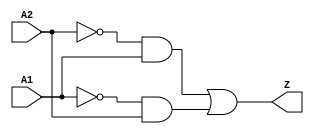
// Copyright 2022 GlobalFoundries PDK Authors
//
// Licensed under the Apache License, Version 2.0 (the "License");
// you may not use this file except in compliance with the License.
// You may obtain a copy of the License at
//
//      http://www.apache.org/licenses/LICENSE-2.0
//
// Unless required by applicable law or agreed to in writing, software
// distributed under the License is distributed on an "AS IS" BASIS,
// WITHOUT WARRANTIES OR CONDITIONS OF ANY KIND, either express or implied.
// See the License for the specific language governing permissions and
// limitations under the License.

module gf180mcu_fd_sc_mcu7t5v0__xor2_4( A2, A1, Z );
input A1, A2;
output Z;

	wire A2_inv_for_gf180mcu_fd_sc_mcu7t5v0__xor2_4;

	not MGM_BG_0( A2_inv_for_gf180mcu_fd_sc_mcu7t5v0__xor2_4, A2 );

	wire Z_row1;

	and MGM_BG_1( Z_row1, A2_inv_for_gf180mcu_fd_sc_mcu7t5v0__xor2_4, A1 );

	wire A1_inv_for_gf180mcu_fd_sc_mcu7t5v0__xor2_4;

	not MGM_BG_2( A1_inv_for_gf180mcu_fd_sc_mcu7t5v0__xor2_4, A1 );

	wire Z_row2;

	and MGM_BG_3( Z_row2, A1_inv_for_gf180mcu_fd_sc_mcu7t5v0__xor2_4, A2 );

	or MGM_BG_4( Z, Z_row1, Z_row2 );

endmodule